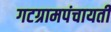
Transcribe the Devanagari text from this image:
गटग्रामपंचायती